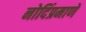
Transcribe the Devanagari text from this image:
नोदिंप्रमाणे